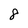
Character: 8